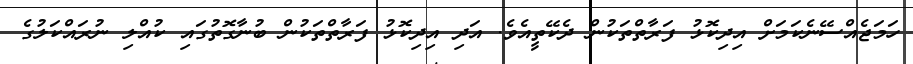
ހަމަޖެއްސޭނެކަމަށް އިދިކޮޅު ފަރާތްތަކުން ދެކޭތީއެވެ. އަދި އިދިކޮޅު ފަރާތްތަކުން ބުނާގޮތުގައި ކުއްލި ނުރައްކަލުގެ